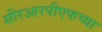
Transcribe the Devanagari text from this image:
सीरआरपीएफच्या